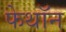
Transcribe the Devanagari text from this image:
फेथॉन